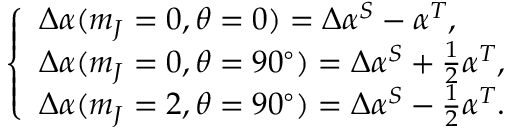
\left\{ \begin{array} { l l } { \Delta \alpha ( m _ { J } = 0 , \theta = 0 ) = \Delta \alpha ^ { S } - \alpha ^ { T } , } \\ { \Delta \alpha ( m _ { J } = 0 , \theta = 9 0 ^ { \circ } ) = \Delta \alpha ^ { S } + \frac { 1 } { 2 } \alpha ^ { T } , } \\ { \Delta \alpha ( m _ { J } = 2 , \theta = 9 0 ^ { \circ } ) = \Delta \alpha ^ { S } - \frac { 1 } { 2 } \alpha ^ { T } . } \end{array} \right.